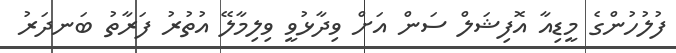
ފުލުހުންގެ މީޑިއާ އޮފިޝަލް ސަން އަށް ވިދާޅުވީ ވިލިމާލޭ އުތުރު ފަރާތު ބަނދަރު